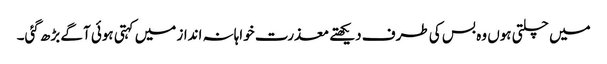
میں چلتی ہوں وہ بس کی طرف دیکھتے معذرت خواہانہ انداز میں کہتی ہوئی آگے بڑھ گئی۔